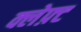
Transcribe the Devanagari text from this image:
क्लेफ़्ट